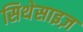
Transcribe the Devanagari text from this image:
सिथेसाइज़